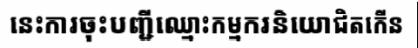
នេះការចុះបញ្ជីឈ្មោះកម្មករនិយោជិតកើន